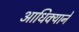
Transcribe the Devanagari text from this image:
आधिक्याने